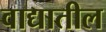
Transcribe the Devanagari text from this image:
वाद्यातील